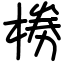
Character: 椦